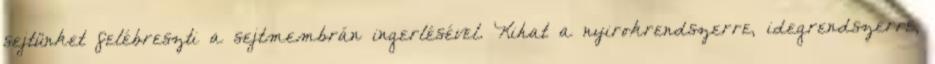
sejtünket felébreszti a sejtmembrán ingerlésével. Kihat a nyirokrendszerre, idegrendszerre,